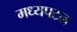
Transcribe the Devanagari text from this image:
मध्यपटल